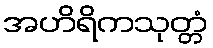
အဟိရိကသုတ္တံ